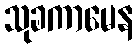
သုခကာမေန